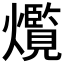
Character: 𤑸